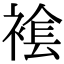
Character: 𧛛